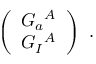
\left( \begin{array} { l } { { { \cal G } _ { a } { } ^ { A } } } \\ { { { \cal G } _ { I } { } ^ { A } } } \end{array} \right) \ .